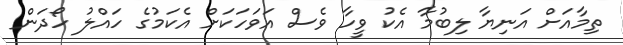
ތިމާއަށް އަނިޔާ ލިބުމާ އެކު ވީހާ ވެސް އަވަހަކަށް އެކަމުގެ ހައްލު ހޯދަން